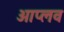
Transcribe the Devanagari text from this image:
आप्लव